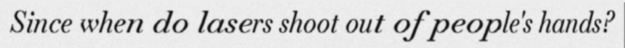
Since when do lasers shoot out of people's hands?